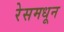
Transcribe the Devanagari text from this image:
रेसमधून